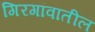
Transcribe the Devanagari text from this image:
गिरगांवातील